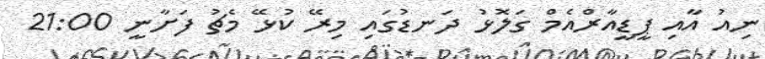
ނިއު އާއި ޕީޑީއާރްއެމް ގަލޮޅު ދަނޑުގައި މިރޭ ކުޅޭ މެޗު ފަށާނީ 21:00